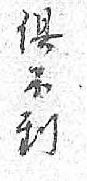
俱不到